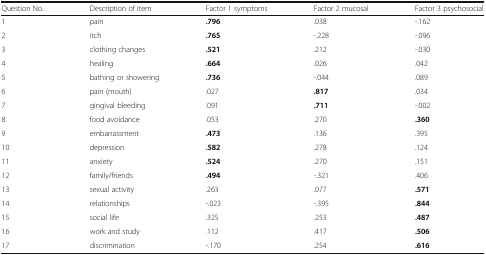
<table><thead><tr><td><b>Question No.</b></td><td><b>Description of item</b></td><td><b>Factor 1 symptoms</b></td><td><b>Factor 2 mucosal</b></td><td><b>Factor 3 psychosocial</b></td></tr></thead><tbody><tr><td>1</td><td>pain</td><td><b>.796</b></td><td>.038</td><td>-.162</td></tr><tr><td>2</td><td>itch</td><td><b>.765</b></td><td>-.228</td><td>-.096</td></tr><tr><td>3</td><td>clothing changes</td><td><b>.521</b></td><td>.212</td><td>-.030</td></tr><tr><td>4</td><td>healing</td><td><b>.664</b></td><td>.026</td><td>.042</td></tr><tr><td>5</td><td>bathing or showering</td><td><b>.736</b></td><td>-.044</td><td>.089</td></tr><tr><td>6</td><td>pain (mouth)</td><td>.027</td><td><b>.817</b></td><td>.034</td></tr><tr><td>7</td><td>gingival bleeding</td><td>.091</td><td><b>.711</b></td><td>-.002</td></tr><tr><td>8</td><td>food avoidance</td><td>.053</td><td>.270</td><td><b>.360</b></td></tr><tr><td>9</td><td>embarrassment</td><td><b>.473</b></td><td>.136</td><td>.395</td></tr><tr><td>10</td><td>depression</td><td><b>.582</b></td><td>.278</td><td>.124</td></tr><tr><td>11</td><td>anxiety</td><td><b>.524</b></td><td>.270</td><td>.151</td></tr><tr><td>12</td><td>family/friends</td><td><b>.494</b></td><td>-.321</td><td>.406</td></tr><tr><td>13</td><td>sexual activity</td><td>.263</td><td>.077</td><td><b>.571</b></td></tr><tr><td>14</td><td>relationships</td><td>-.023</td><td>-.395</td><td><b>.844</b></td></tr><tr><td>15</td><td>social life</td><td>.325</td><td>.253</td><td><b>.487</b></td></tr><tr><td>16</td><td>work and study</td><td>.112</td><td>.417</td><td><b>.506</b></td></tr><tr><td>17</td><td>discrimination</td><td>-.170</td><td>.254</td><td><b>.616</b></td></tr></tbody></table>